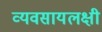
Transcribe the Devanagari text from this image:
व्यवसायलक्षी